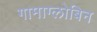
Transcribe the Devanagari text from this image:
गामाग्लोबिन